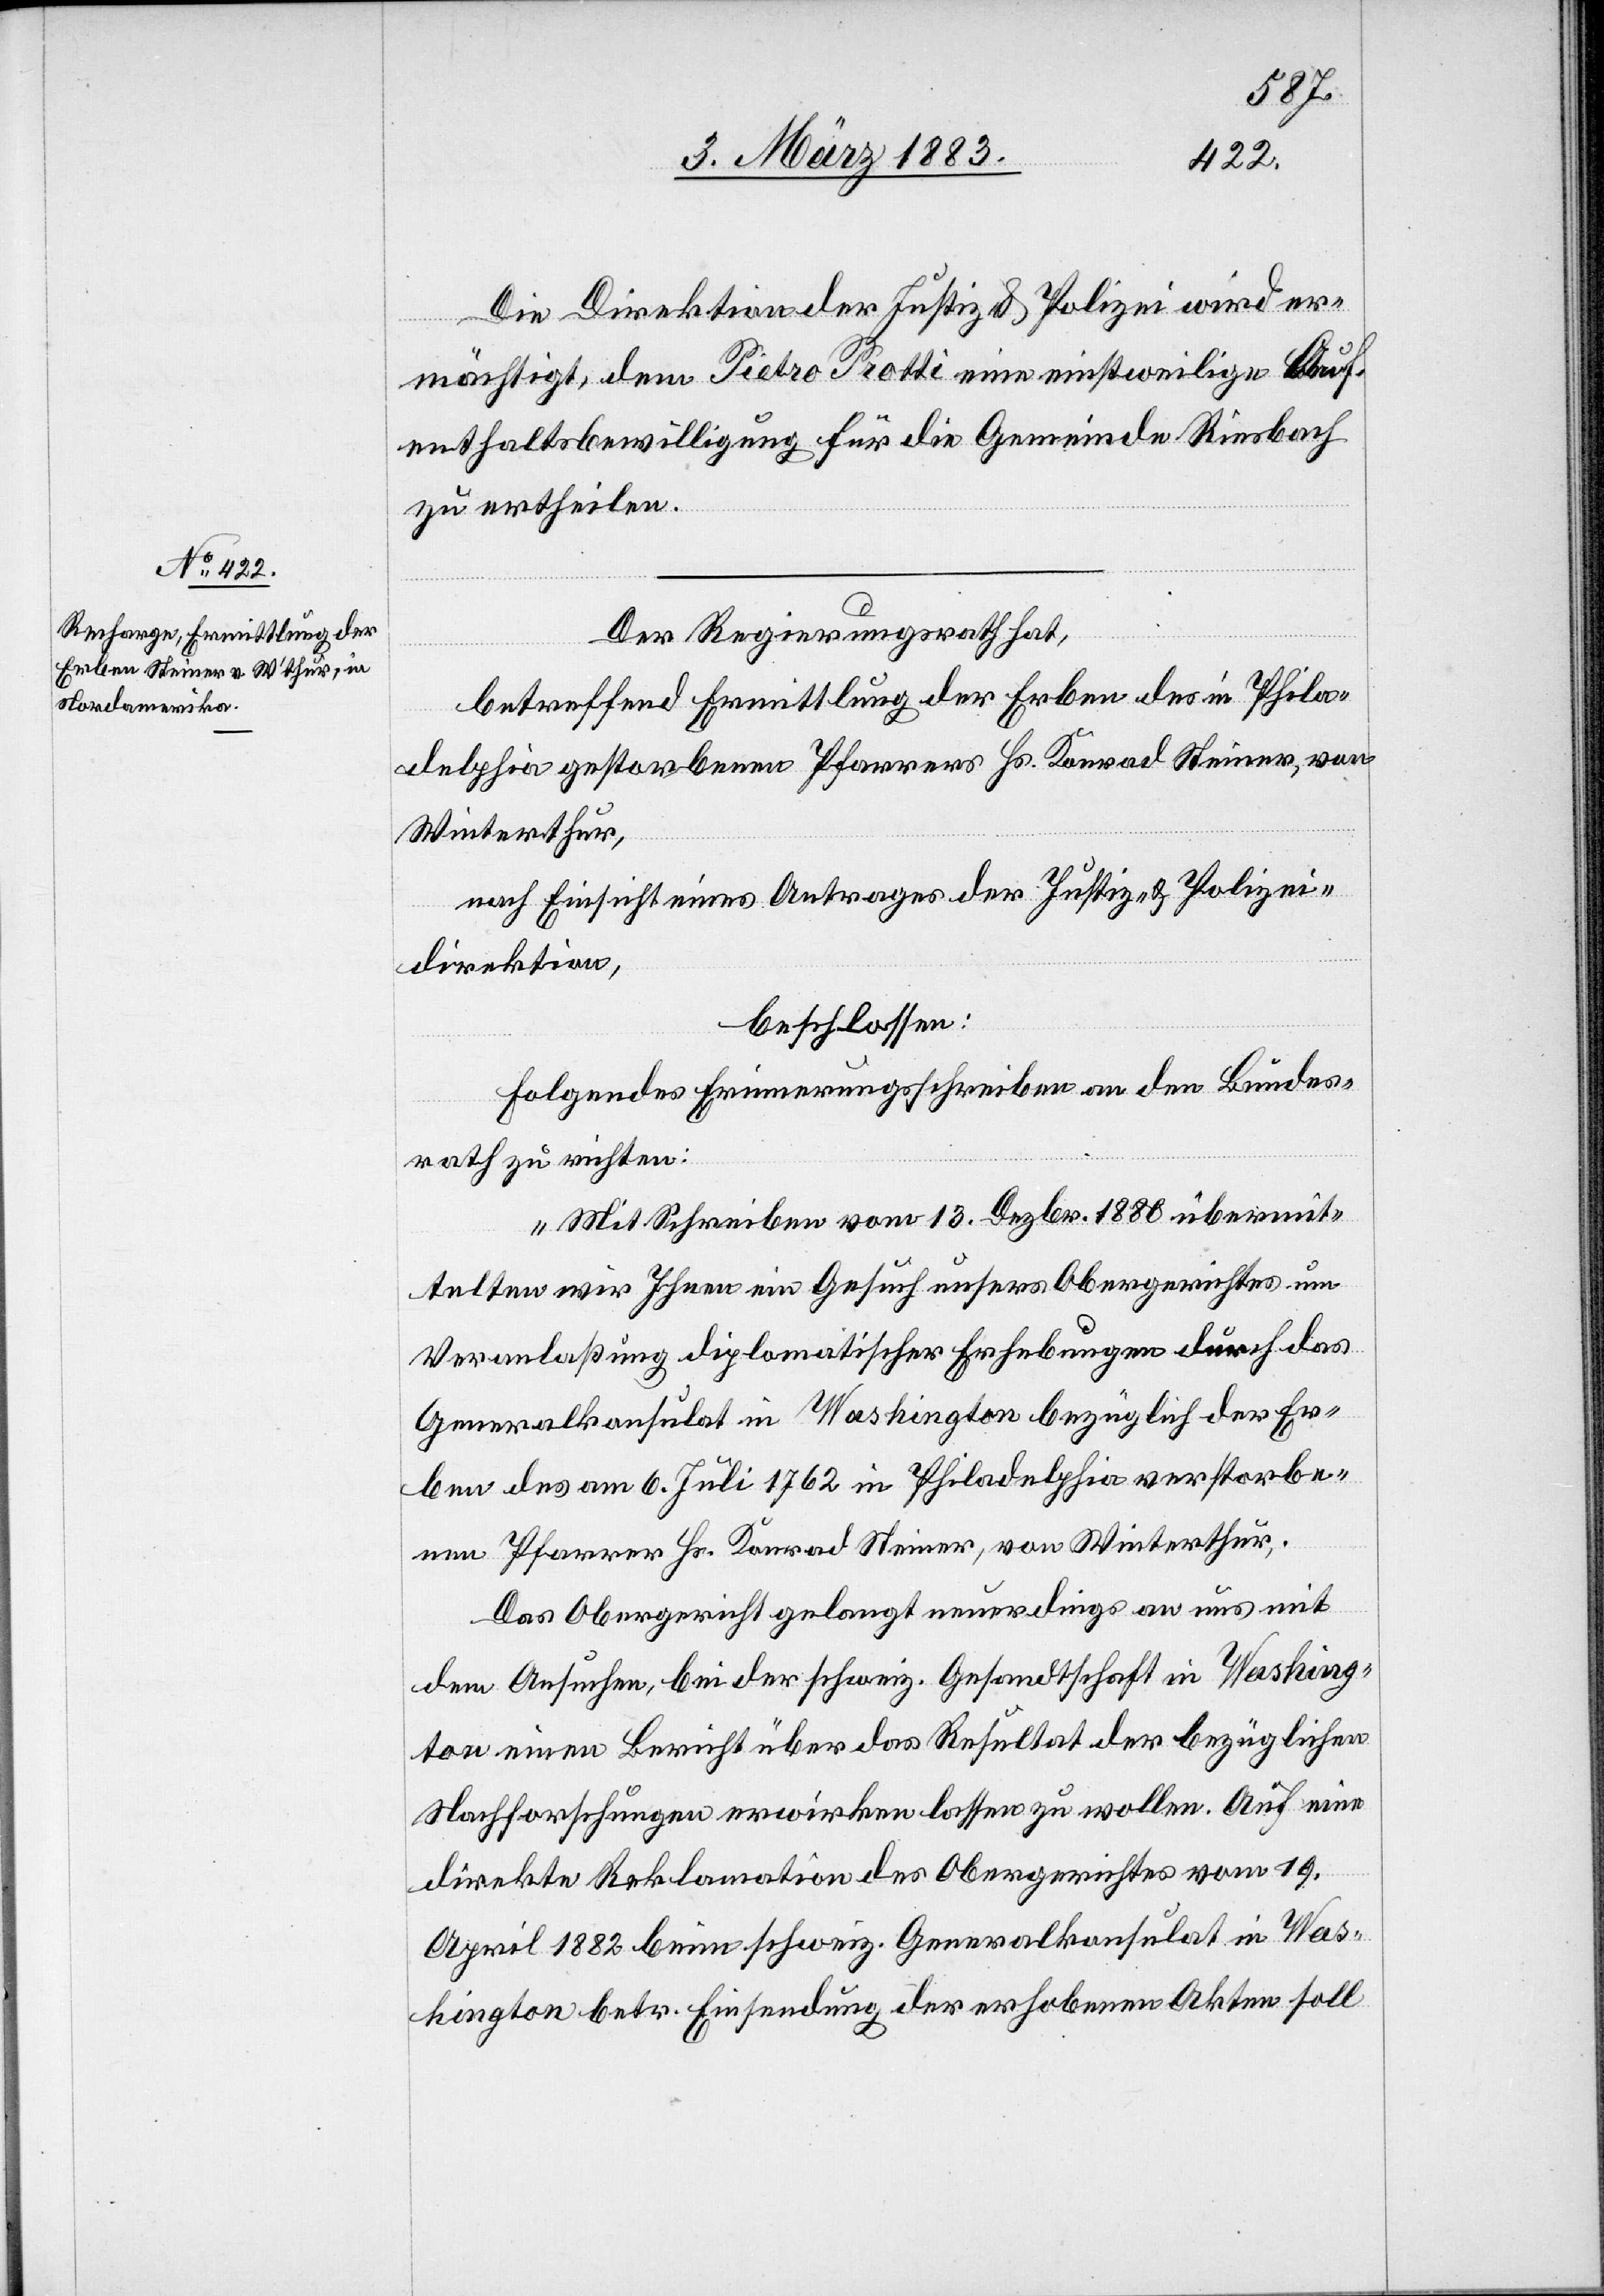
Die Direktion der Justiz & Polizei wird er¬
mächtigt, dem Pietro Protti eine einstweilige Auf¬
enthaltsbewilligung für die Gemeinde Riesbach
zu ertheilen.
Der Regierungsrath hat,
betreffend Ermittlung der Erben des in Phila¬
delphia gestorbenen Pfarrers Hs. Konrad Steiner, von
Winterthur,
nach Einsicht eines Antrages der Justiz- & Polizei¬
direktion,
beschlossen:
Folgendes Erinnerungsschreiben an den Bundes¬
rath zu richten:
„Mit Schreiben vom 13. Dezbr. 1880 übermit¬
telten wir Ihnen ein Gesuch unsers Obergerichtes um
Veranlaßung diplomatischer Erhebungen durch das
Generalkonsulat in Washington bezüglich der Er¬
ben des am 6. Juli 1762 [sic!] in Philadelphia verstorbe¬
nen Pfarrer Hs. Konrad Steiner, von Winterthur.
Das Obergericht gelangt neuerdings an uns mit
dem Ansuchen, bei der schweiz. Gesandtschaft in Washing¬
ton einen Bericht über das Resultat der bezüglichen
Nachforschungen erwirken lassen zu wollen. Auf eine
direkte Reklamation des Obergerichtes vom 19.
April 1882 beim schweiz. Generalkonsulat in Was¬
hington betr. Einsendung der erhobenen Akten soll